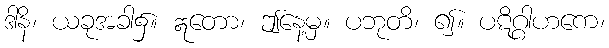
ဒါနိ၊ ယခုအခါ၌။ ဣတော၊ ဤနေ့မှ။ ပဘုတိ၊ ၍။ ပဋိဂ္ဂါဟကေ၊